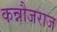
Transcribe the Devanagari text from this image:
कन्नौजराज